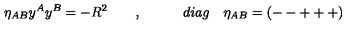
\eta _ { A B } y ^ { A } y ^ { B } = - R ^ { 2 } \quad \quad , \qquad \quad d i a g \quad \eta _ { A B } = ( -- + + + )